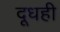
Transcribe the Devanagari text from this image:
दूधही